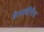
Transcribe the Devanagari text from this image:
मेगास्थीनीज़